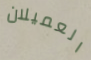
العميلان